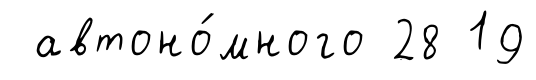
автоно́много 28 19